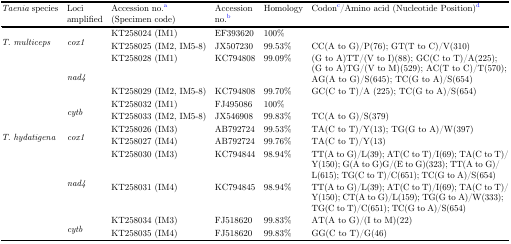
| Taenia species | Loci amplified | Accession no.a (Specimen code) | Accession no.b | Homology | Codonc/Amino acid (Nucleotide Position)d |
 | --- | --- | --- | --- | --- | --- |
 | <ROWSPAN=2> T. multiceps | <ROWSPAN=2> cox1 | KT258024 (IM1) | EF393620 | 100% |  |
 | KT258025 (IM2, IM5-8) | JX507230 | 99.53% | CC(A to G)/P(76); GT(T to C)/V(310) |
 | <ROWSPAN=2>  | <ROWSPAN=2> nad4 | KT258028 (IM1) | KC794808 | 99.09% | (G to A)TT/(V to I)(88); GC(C to T)/A(225); (G to A)TG/(V to M)(529); AC(T to C)/T(570); AG(A to G)/S(645); TC(G to A)/S(654) |
 | KT258029 (IM2, IM5-8) | KC794808 | 99.70% | GC(C to T)/A (225); TC(G to A)/S(654) |
 | <ROWSPAN=2>  | <ROWSPAN=2> cytb | KT258032 (IM1) | FJ495086 | 100% |  |
 | KT258033 (IM2, IM5-8) | JX546908 | 99.83% | TC(A to G)/S(379) |
 | <ROWSPAN=2> T. hydatigena | <ROWSPAN=2> cox1 | KT258026 (IM3) | AB792724 | 99.53% | TA(C to T)/Y(13); TG(G to A)/W(397) |
 | KT258027 (IM4) | AB792724 | 99.76% | TA(C to T)/Y(13) |
 | <ROWSPAN=2>  | <ROWSPAN=2> nad4 | KT258030 (IM3) | KC794844 | 98.94% | TT(A to G)/L(39); AT(C to T)/I(69); TA(C to T)/Y(150); G(A to G)G/(E to G)(323); TT(A to G)/L(615); TG(C to T)/C(651); TC(G to A)/S(654) |
 | KT258031 (IM4) | KC794845 | 98.94% | TT(A to G)/L(39); AT(C to T)/I(69); TA(C to T)/Y(150); CT(A to G)/L(159); TG(G to A)/W(333); TG(C to T)/C(651); TC(G to A)/S(654) |
 | <ROWSPAN=2>  | <ROWSPAN=2> cytb | KT258034 (IM3) | FJ518620 | 99.83% | AT(A to G)/(I to M)(22) |
 | KT258035 (IM4) | FJ518620 | 99.83% | GG(C to T)/G(46) |